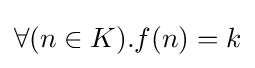
\forall (n\in K).f(n)=k